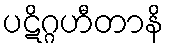
ပဋိဂ္ဂဟီတာနိ